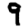
Digit: 9